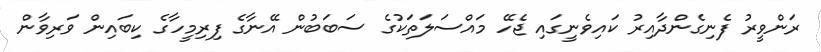
ރަންވީރު ފެނިގެންދާއިރު ކައިވެނީގައި ޖެހޭ މައްސަލަތަކުގެ ސަބަބުން އޭނާގެ ފިރިމީހާގެ ކިބައިން ވަރިވާން